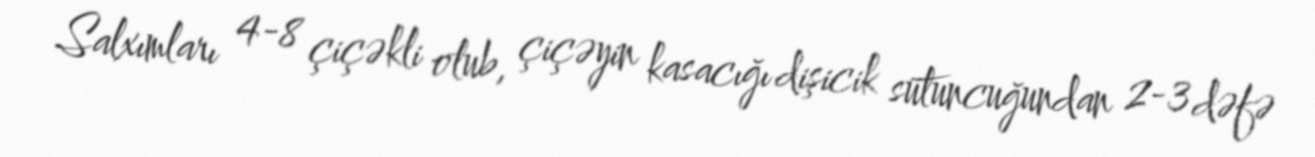
Salxımları 4-8 çiçəkli olub, çiçəyin kasacığı dişicik sütuncuğundan 2-3 dəfə